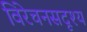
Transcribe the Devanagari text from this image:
विरेचनसदृश्य